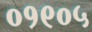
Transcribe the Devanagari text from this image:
०१९०५